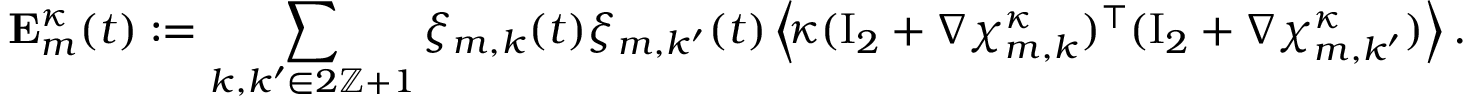
\mathbf { E } _ { m } ^ { \kappa } ( t ) : = \sum _ { k , k ^ { \prime } \in 2 \ensuremath { \mathbb { Z } } + 1 } \xi _ { m , k } ( t ) \xi _ { m , k ^ { \prime } } ( t ) \, \Bigl \langle \! \kappa ( \ensuremath { \mathrm { I } _ { 2 } } + \nabla { \boldsymbol { \chi } } _ { m , k } ^ { \kappa } ) ^ { \intercal } ( \ensuremath { \mathrm { I } _ { 2 } } + \nabla { \boldsymbol { \chi } } _ { m , k ^ { \prime } } ^ { \kappa } ) \Bigr \rangle \, .